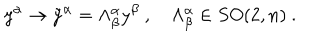
{ y } ^ { \alpha } \rightarrow \tilde { y } ^ { \alpha } = \Lambda _ { \beta } ^ { \alpha } y ^ { \beta } ~ , ~ \Lambda _ { \beta } ^ { \alpha } \in S O ( 2 , n ) ~ .